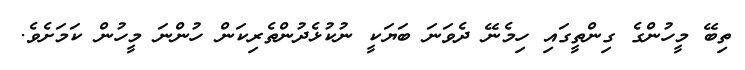
ތިބޭ މީހުންގެ ގިންތީގައި ހިމެނޭ ދެވަނަ ބަޔަކީ ނުކުޅެދުންތެރިކަން ހުންނަ މީހުން ކަމަށެވެ.